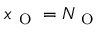
x _ { \mathrm { ~ O ~ } } = N _ { \mathrm { ~ O ~ } }